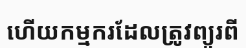
ហើយកម្មករដែលត្រូវព្យួរពី